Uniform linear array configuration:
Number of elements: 32
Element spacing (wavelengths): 0.5
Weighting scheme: blackman
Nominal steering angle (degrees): -60
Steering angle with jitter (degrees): -59.659
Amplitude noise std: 0.05
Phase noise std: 0.05

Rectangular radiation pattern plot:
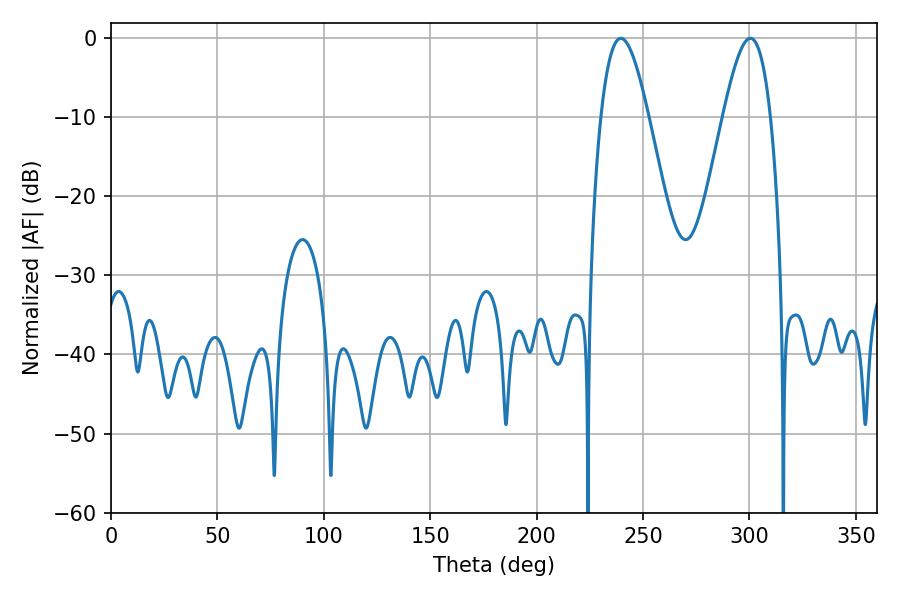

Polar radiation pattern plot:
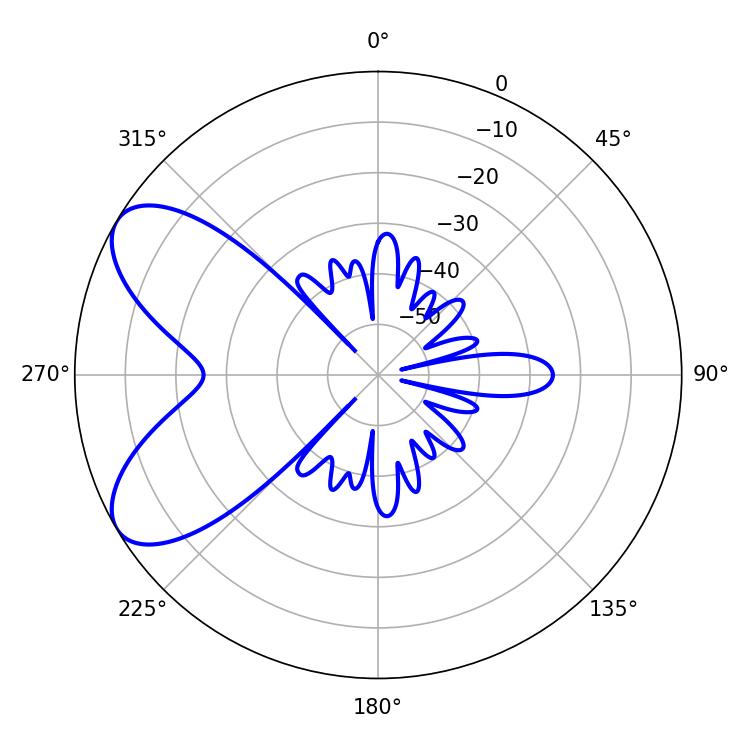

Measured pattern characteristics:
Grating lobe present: FALSE
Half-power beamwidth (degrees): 11.88
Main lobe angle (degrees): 239.58